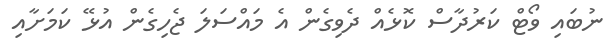
ނުބައި ވޯޓް ކަރުދާސް ކޮޅެއް ދެވިގެން އެ މައްސަލަ ޖެހިގެން އުޅޭ ކަމަށާއި